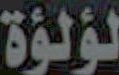
لؤلؤة